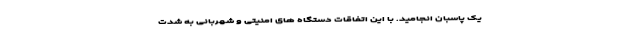
یک پاسبان انجامید. با این اتفاقات دستگاه های امنیتی و شهربانی به شدت